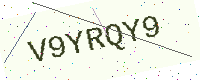
Text: V9YRQY9